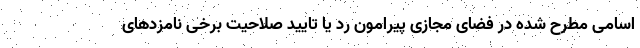
اسامی مطرح شده در فضای مجازی پیرامون رد یا تایید صلاحیت برخی نامزدهای